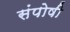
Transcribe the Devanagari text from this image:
संपोषी